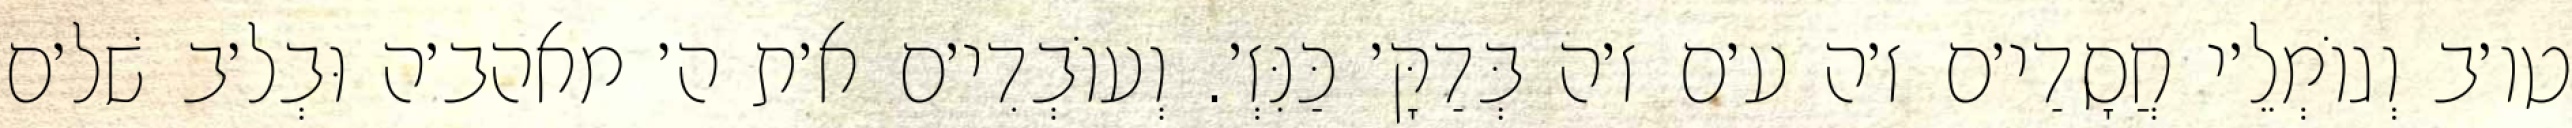
טו׳ב וְגוֹמְלֵ׳י חֲסָדַי׳ם ז׳ה ע׳ם ז׳ה בְּדַקָּ׳ כַּנִּזְ׳. וְעוֹבְדִי׳ם א׳ת ה׳ מאהב׳ה וּבְל׳ב שׁל׳ם